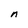
Character: n